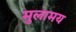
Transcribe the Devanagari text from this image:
मुलामय